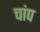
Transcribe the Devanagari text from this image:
चांप